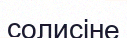
солисіне